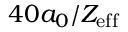
4 0 a _ { 0 } / Z _ { \mathrm { e f f } }